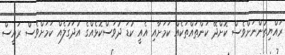
ރައްޔިތުންނަށްވެސް ކޮށްދޭ ކަންތައްތަކެއް ކަމަށާއި އެއީ ކުޑަ ދުވަސްކޮޅެއްގެ އުދަގުލެއް ކަމަށްވެސް ރައީސް